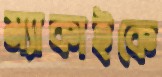
ম্যাকাইকে